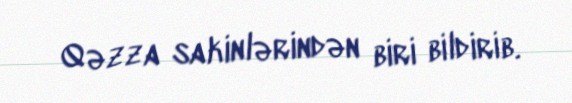
Qəzza sakinlərindən biri bildirib.